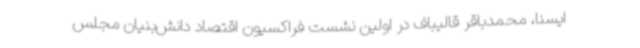
ایسنا، محمدباقر قالیباف در اولین نشست فراکسیون اقتصاد دانش‌بنیان مجلس